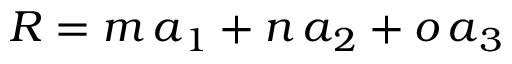
\boldsymbol R = m \, \boldsymbol a _ { 1 } + n \, \boldsymbol a _ { 2 } + o \, \boldsymbol a _ { 3 }